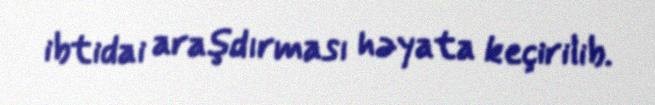
ibtidai araşdırması həyata keçirilib.